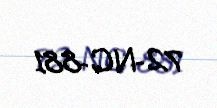
72-NC-881